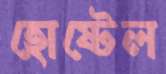
হোষ্টেল